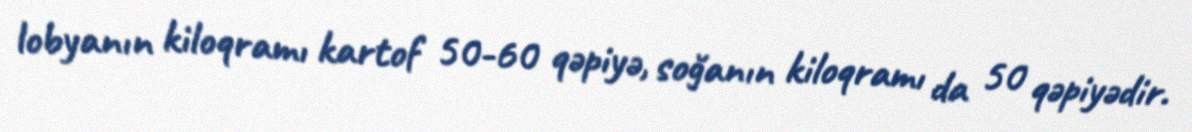
lobyanın kiloqramı kartof 50-60 qəpiyə, soğanın kiloqramı da 50 qəpiyədir.